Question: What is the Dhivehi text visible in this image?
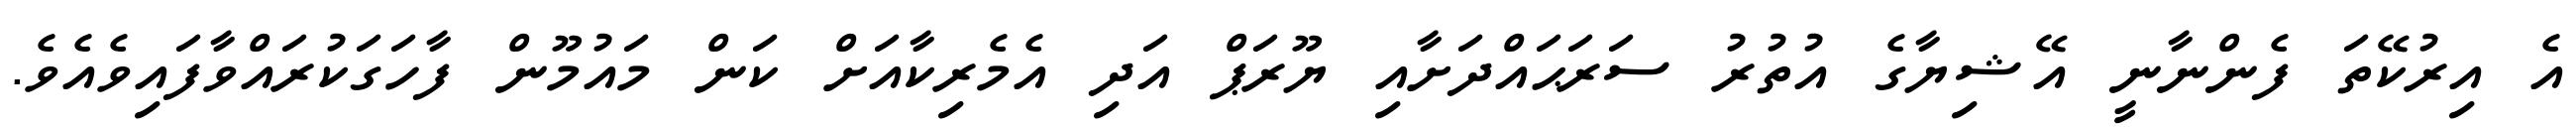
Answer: އެ އިރުކޭތަ ފެންނާނީ އޭޝިޔާގެ އުތުރު ސަރަޙައްދަށާއި ޔޫރަޕް އަދި އެމެރިކާއަށް ކަން މައުމޫން ފާހަގަކުރައްވާފައިވެއެވެ.